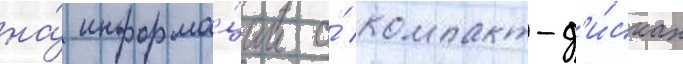
на́ информа́ции о́ компакт-д'и́сках